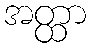
အတ္ထာ